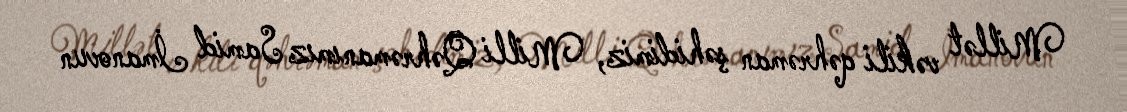
Millət vəkili qəhrəman şəhidimiz, Milli Qəhrəmanımız Samid İmanovun